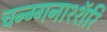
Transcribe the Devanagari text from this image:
चन्ग्गनाश्शॅरि